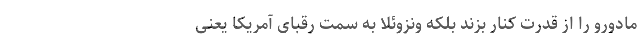
مادورو را از قدرت کنار بزند بلکه ونزوئلا به سمت رقبای آمریکا یعنی